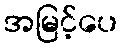
အမြင့်ပေ